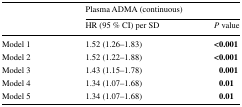
<table><thead><tr><td rowspan="2"></td><td colspan="2"><b>Plasma ADMA (continuous)</b></td></tr><tr><td><b>HR (95 % CI) per SD</b></td><td><b><i>P</i> value</b></td></tr></thead><tbody><tr><td>Model 1</td><td>1.52 (1.26–1.83)</td><td><b>&lt;0.001</b></td></tr><tr><td>Model 2</td><td>1.52 (1.22–1.88)</td><td><b>&lt;0.001</b></td></tr><tr><td>Model 3</td><td>1.43 (1.15–1.78)</td><td><b>0.001</b></td></tr><tr><td>Model 4</td><td>1.34 (1.07–1.68)</td><td><b>0.01</b></td></tr><tr><td>Model 5</td><td>1.34 (1.07–1.68)</td><td><b>0.01</b></td></tr></tbody></table>